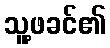
သူ့ဖခင်၏